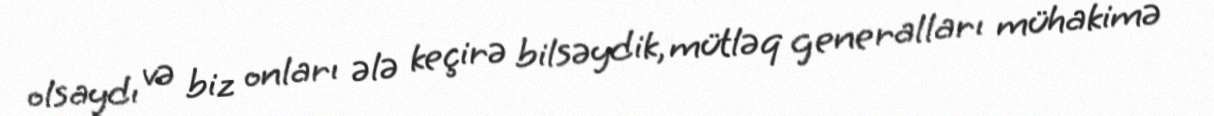
olsaydı və biz onları ələ keçirə bilsəydik, mütləq generalları mühakimə